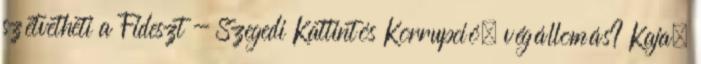
szétvetheti a Fideszt - Szegedi Kattintós Korrupció, végállomás? Kaja,